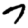
Digit: 7